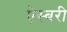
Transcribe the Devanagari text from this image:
ऐस्बरी